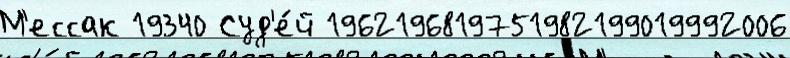
М'ессак 19340 Суд'е́й 1962196819751982199019992006